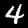
Label: 4